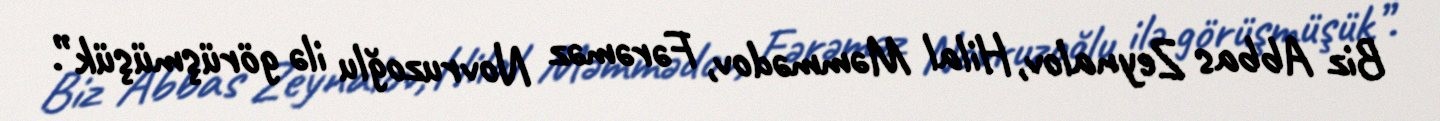
Biz Abbas Zeynalov, Hilal Məmmədov, Fərəməz Novruzoğlu ilə görüşmüşük”.